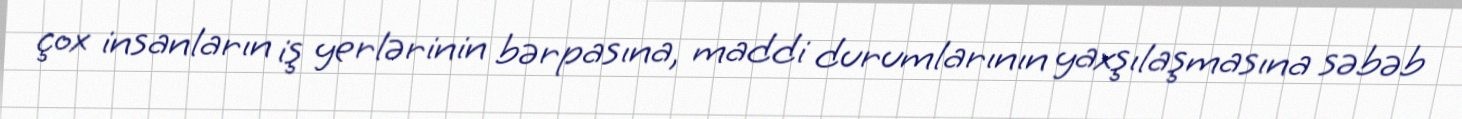
çox insanların iş yerlərinin bərpasına, maddi durumlarının yaxşılaşmasına səbəb